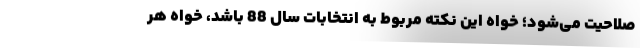
صلاحیت می‌شود؛ خواه این نکته مربوط به انتخابات سال 88 باشد، خواه هر